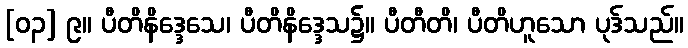
[၀၃] ၉။ ပီတိနိဒ္ဒေသေ၊ ပီတိနိဒ္ဒေသ၌။ ပီတီတိ၊ ပီတိဟူသော ပုဒ်သည်။